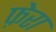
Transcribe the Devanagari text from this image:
फ़ेरा